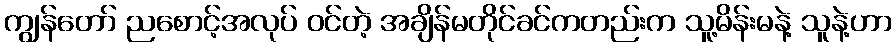
ကျွန်တော် ညစောင့်အလုပ် ဝင်တဲ့ အချိန်မတိုင်ခင်ကတည်းက သူ့မိန်းမနဲ့ သူနဲ့ဟာ